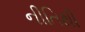
નીતિથી